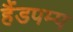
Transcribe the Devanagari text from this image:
हैंडपम्प